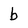
Character: b